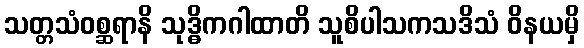
သတ္တသံဝစ္ဆရာနိ သုဒ္ဓိကဂါထာတိ သူစိပါသကသဒိသံ ဝိနယမှိ